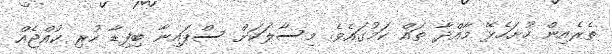
ތެރެއިން ހުށަހެޅޭ މާއްދާ ތައް ކަމުގައެވެ. މިސާލަކަށް ސްޕައިނާ ބިފިޑާ ހުރި ކުއްޖެއް